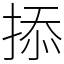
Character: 掭